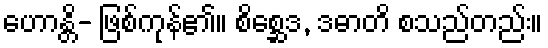
ဟောန္တိ- ဖြစ်ကုန်၏။ စိစ္ဆေဒ, ဒဓာတိ စသည်တည်း။